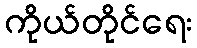
ကိုယ်တိုင်ရေး